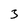
Character: 3